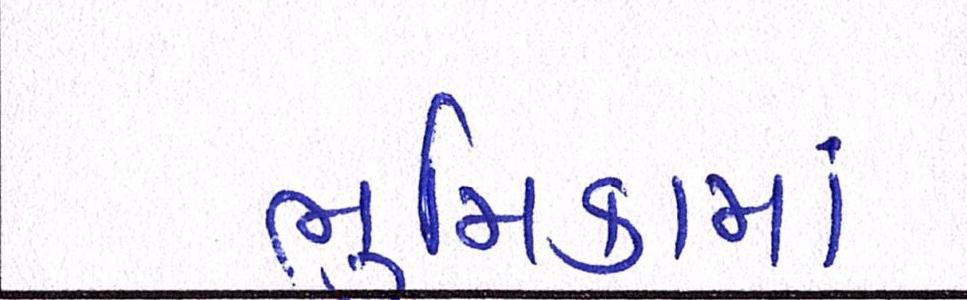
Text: ભૂમિકામાં